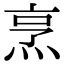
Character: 烹